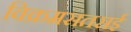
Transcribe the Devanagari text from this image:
विक्रमसतसई